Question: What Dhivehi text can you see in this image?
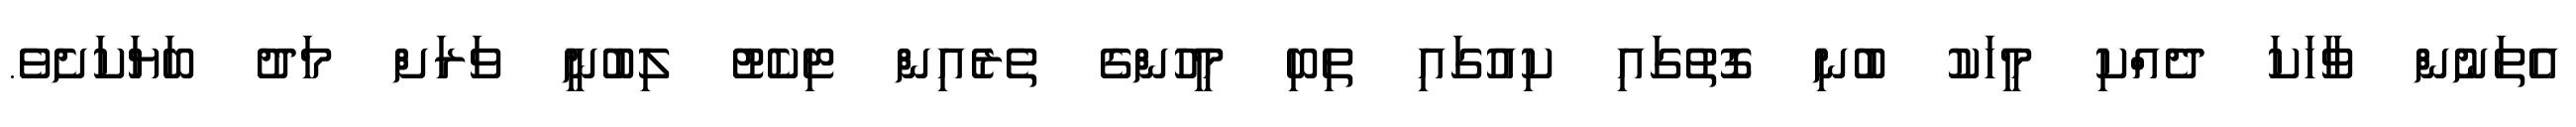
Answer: އެތަނުން ވާހަކަ ދެއްކި މީހަކު ބުނި ގޮތުގައި ކިއުގައި ތިބި މީހުންގެ ތެރެއިން ޓިކެޓު ލިބުނީ ވަރަށް މަދު ބަޔަކަށެވެ.